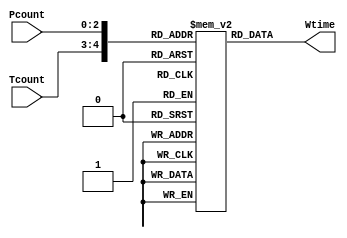
module ROM (
    input [2:0] Pcount ,
    input [1:0] Tcount,
    output reg [4:0] Wtime 
);
    reg [4:0] rom [0:31];

integer i ;
    initial begin
        rom[0] =0 ;    rom[1] =0 ;   rom[2] =0 ;   rom[3] =0 ;
        rom[4] =0 ;    rom[5] =0 ;   rom[6] =0 ;   rom[7] =0 ;
        rom[8] =0 ;    rom[9] = 3;   rom[10] =6 ;  rom[11] =9 ; 
        rom[12] = 12 ; rom[13] =15 ; rom[14] =18 ;  rom[15] = 21;
        rom[16] = 0;   rom[17] = 3;  rom[18] =4 ;  rom[19] =6 ;
        rom[20] = 7 ;  rom[21] =9 ;  rom[22] =10 ; rom[23] = 12;
        rom[24] = 0;   rom[25] =3 ;  rom[26] = 4;  rom[27] =5 ; 
        rom[28] = 6;   rom[29] =7 ;  rom[30] = 8;  rom[31] = 9; 
    end

always @(*) begin
    Wtime = rom[{Tcount , Pcount}]; 
end 

endmodule